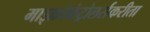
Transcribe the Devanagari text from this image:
माइक्रोकंट्रोलर्सकरीता